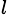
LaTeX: ^l